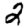
Digit: 2